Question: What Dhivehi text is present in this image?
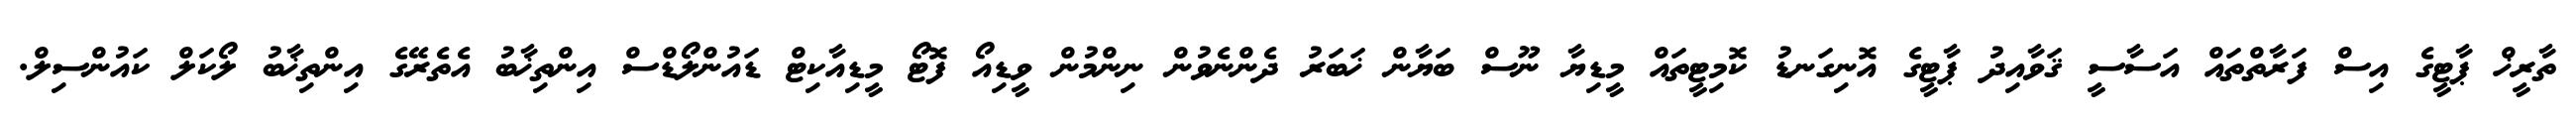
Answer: ތާރީޚް ޕާޓީގެ އިސް ފަރާތްތައް އަސާސީ ޤަވާއިދު ޕާޓީގެ އޮނިގަނޑު ކޮމިޓީތައް މީޑިޔާ ނޫސް ބަޔާން ޚަބަރު ދެންނެވުން ނިންމުން ވީޑިއޯ ފޮޓޯ މީޑިއާކިޓް ޑައުންލޯޑްސް އިންތިޚާބު އެތެރޭގެ އިންތިޚާބު ލޯކަލް ކައުންސިލް.